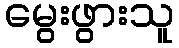
မွေးဖွားသူ